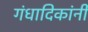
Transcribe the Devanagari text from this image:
गंधादिकांनीं